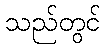
သည်တွင်